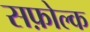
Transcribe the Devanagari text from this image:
सफ़ोल्क